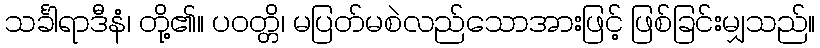
သင်္ခါရာဒီနံ၊ တို့၏။ ပဝတ္တိ၊ မပြတ်မစဲလည်သောအားဖြင့် ဖြစ်ခြင်းမျှသည်။